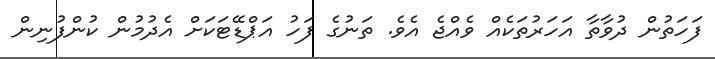
ފަހަތުން ދުވާތާ އަހަރުތަކެއް ވެއްޖެ އެވެ. ތަނުގެ ފަހު އަޕްޑޭޓަކަށް އެދުމުން ކުންފުނިން